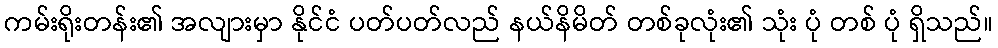
ကမ်းရိုးတန်း၏ အလျားမှာ နိုင်ငံ ပတ်ပတ်လည် နယ်နိမိတ် တစ်ခုလုံး၏ သုံး ပုံ တစ် ပုံ ရှိသည်။